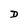
Character: D